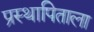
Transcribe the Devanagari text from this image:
प्रस्थापिताला